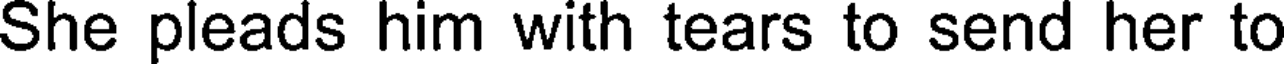
She pleads him with tears to send her to